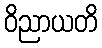
ဝိညာယတိ